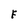
Character: F